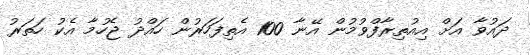
ދައުވާ އަށް އިއުތިރާފްވުމުން އޭނާ 100 އެތިފަހަރުން ހައްދު ޖެހުމާ އެކު ހަތަރު